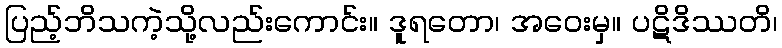
ပြည့်ဘိသကဲ့သို့လည်းကောင်း။ ဒူရတော၊ အဝေးမှ။ ပဋိဒိဿတိ၊